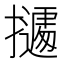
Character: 𭢾